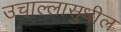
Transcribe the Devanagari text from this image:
उचाल्लासुधील